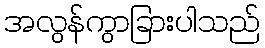
အလွန်ကွာခြားပါသည်